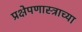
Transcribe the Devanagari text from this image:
प्रक्षेपणास्त्राच्या